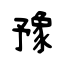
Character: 豫